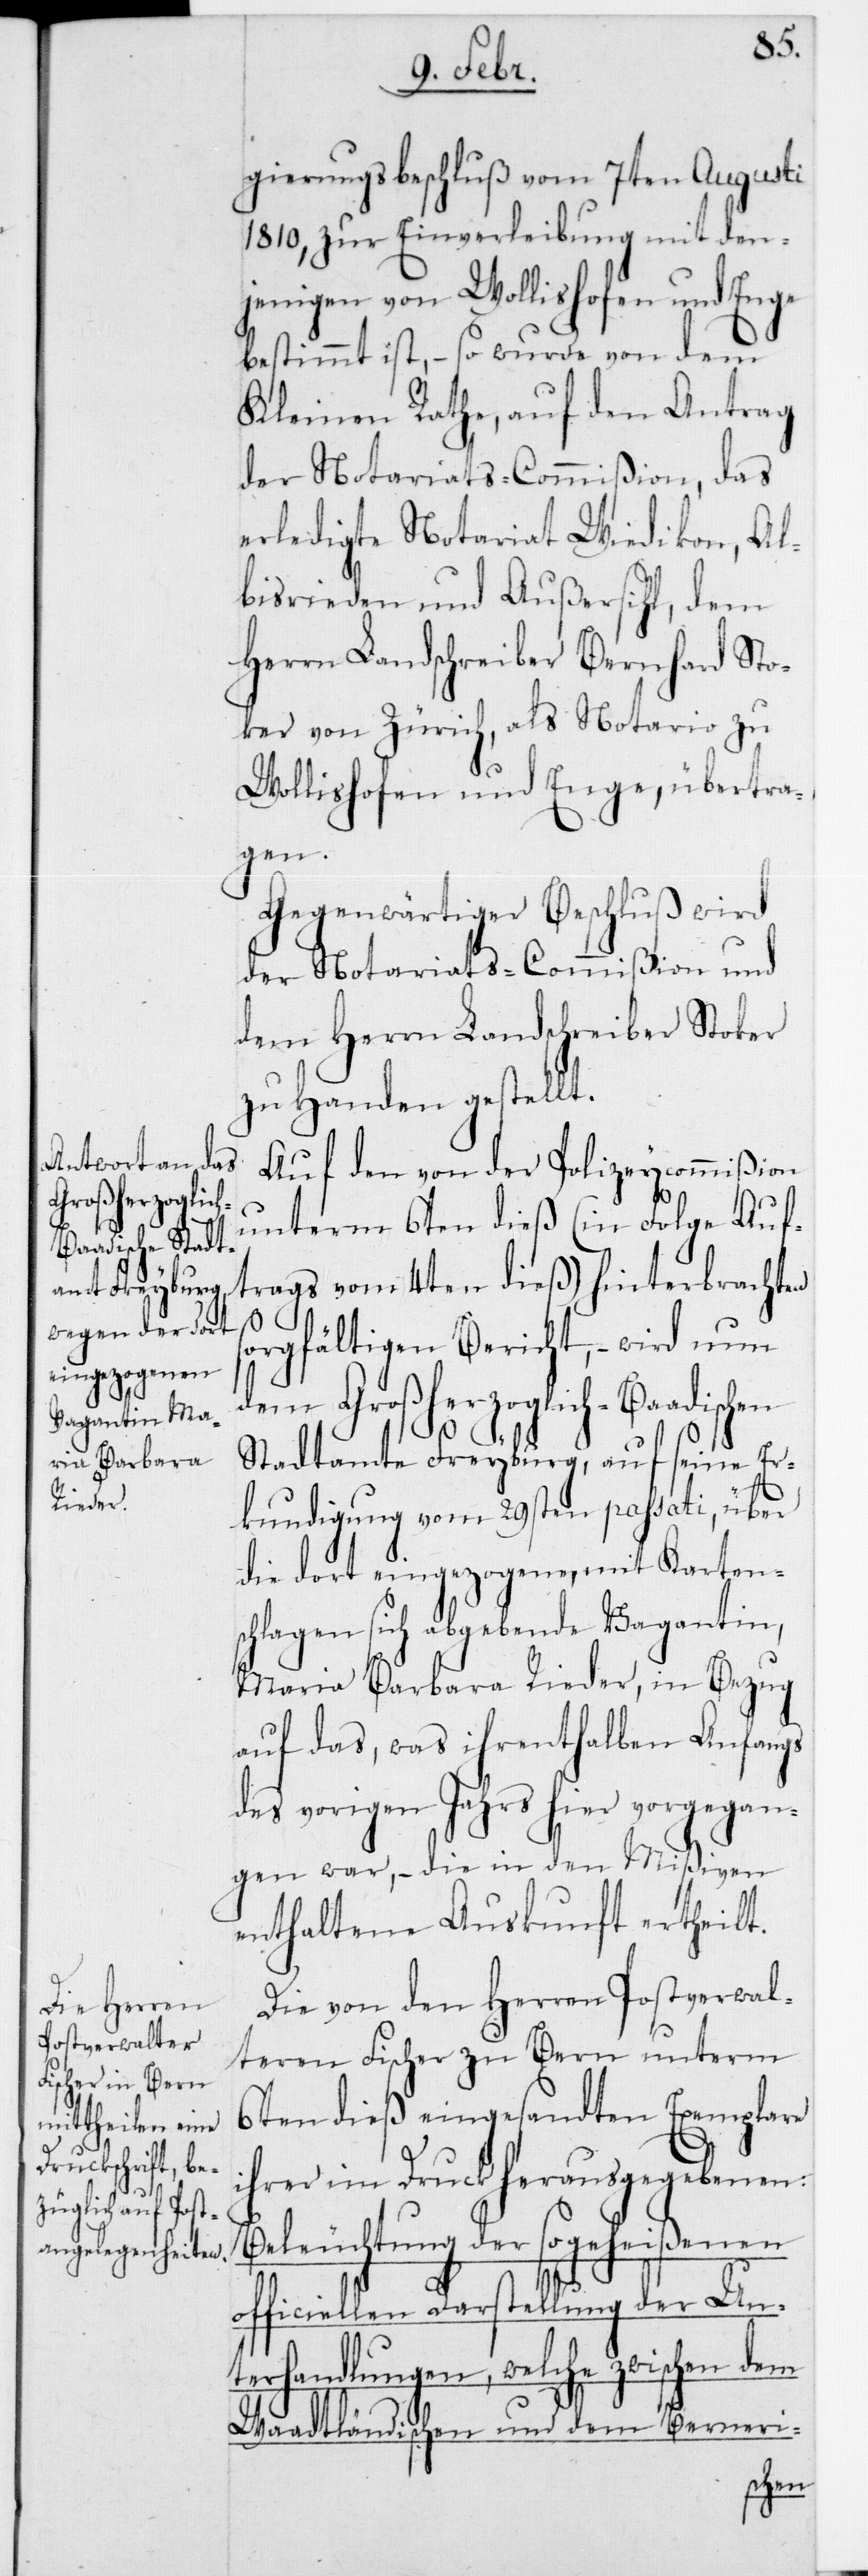
ker

gierungsbeschluß vom 7ten Augusti
1810, zur Einverleibung mit den¬
jenigen von Wollishofen und Enge
bestimmt ist, – so wurde von dem
Kleinen Rathe, auf den Antrag
der Notariats-Commißion, das
erledigte Notariat Wiedikon, Al¬
bisrieden und Außersihl, dem
Herrn Landschreiber Bernhard Sto¬
von Zürich, als Notario zu
Wollishofen und Enge, übertra¬
gen.
Gegenwärtiger Beschluß wird
der Notariats-Commißion und
dem Herrn Landschreiber Stoker
zu Handen gestellt.
Auf den von der Polizeycommißion
unterm 6ten dieß (in Folge Auf¬
trags vom 4ten dieß) hinterbrachten
sorgfältigen Bericht, – wird nun
dem Großherzoglich-Badischen
Stadtamte Freyburg, auf seine Er¬
kundigung vom 29sten passati, über
die dort eingezogene, mit Kartens¬
chlagen sich abgebende Vagantin,
Maria Barbara Rieder, in Bezug
auf das, was ihrenthalben anfangs
des vorigen Jahrs hier vorgegan¬
gen war, – die in den Mißiven
enthaltene Auskunft ertheilt.
Die von den Herren Postverwal¬
teren Fischer zu Bern unterm
6ten dieß eingesandten Exemplar
ihrer im Druck herausgegebenen:
Beleuchtung der sogeheißenen
officiellen Darstellung der Un¬
terhandlungen, welche zwischen dem
Waadtländischen und dem Berneri-